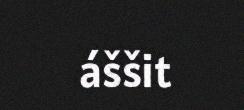
áššit